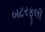
બટરફૂલી